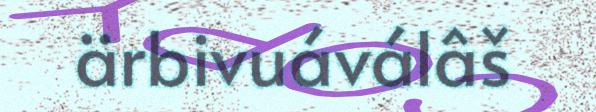
ärbivuáválâš